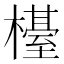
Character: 𣜉